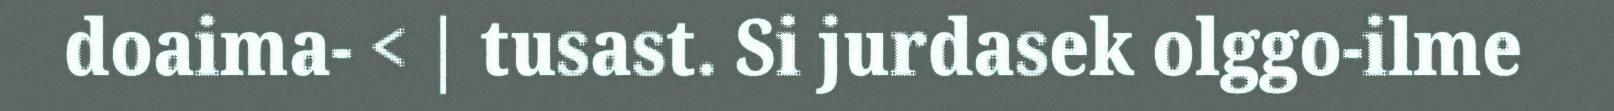
doaima- < | tusast. Si jurdasek olggo-ilme